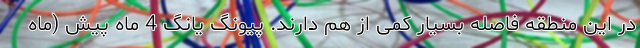
در این منطقه فاصله بسیار کمی از هم دارند. پیونگ یانگ 4 ماه پیش (ماه